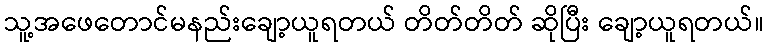
သူ့အဖေတောင်မနည်းချော့ယူရတယ် တိတ်တိတ် ဆိုပြီး ချော့ယူရတယ်။